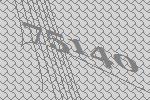
75140